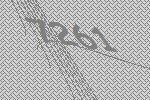
7261